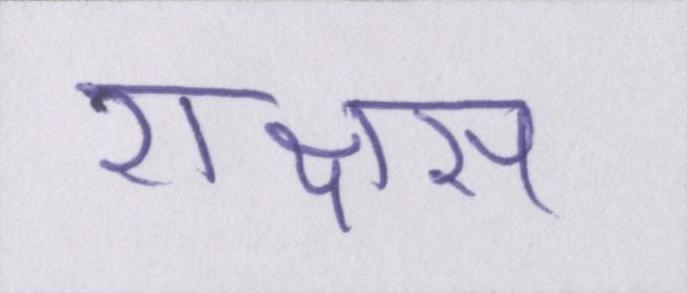
राक्षस